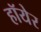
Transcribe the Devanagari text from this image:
हॉयेर